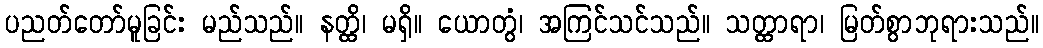
ပညတ်တော်မူခြင်း မည်သည်။ နတ္ထိ၊ မရှိ။ ယောတွံ၊ အကြင်သင်သည်။ သတ္ထာရာ၊ မြတ်စွာဘုရားသည်။